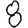
Digit: 8